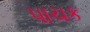
પાચક